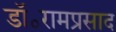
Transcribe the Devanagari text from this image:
डॉ॰रामप्रसाद